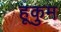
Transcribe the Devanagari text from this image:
हूकुम